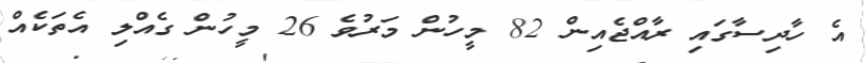
އެ ހާދިސާގައި ރާއްޖެއިން 82 މީހުން މަރުވެ 26 މީހުން ގެއްލި އެތަކެއް